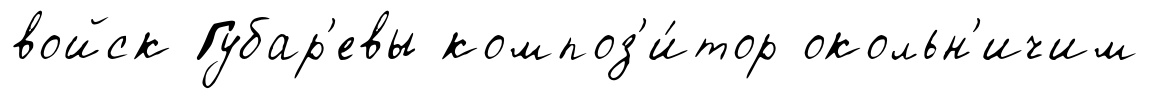
войск Губар'евы композ'и́тор окольн'ичим